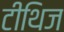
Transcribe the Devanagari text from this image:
टीथिज